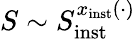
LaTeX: S\sim S_{\mathrm{inst}}^{x_{\mathrm{inst}}(\cdot)}